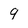
Character: 9